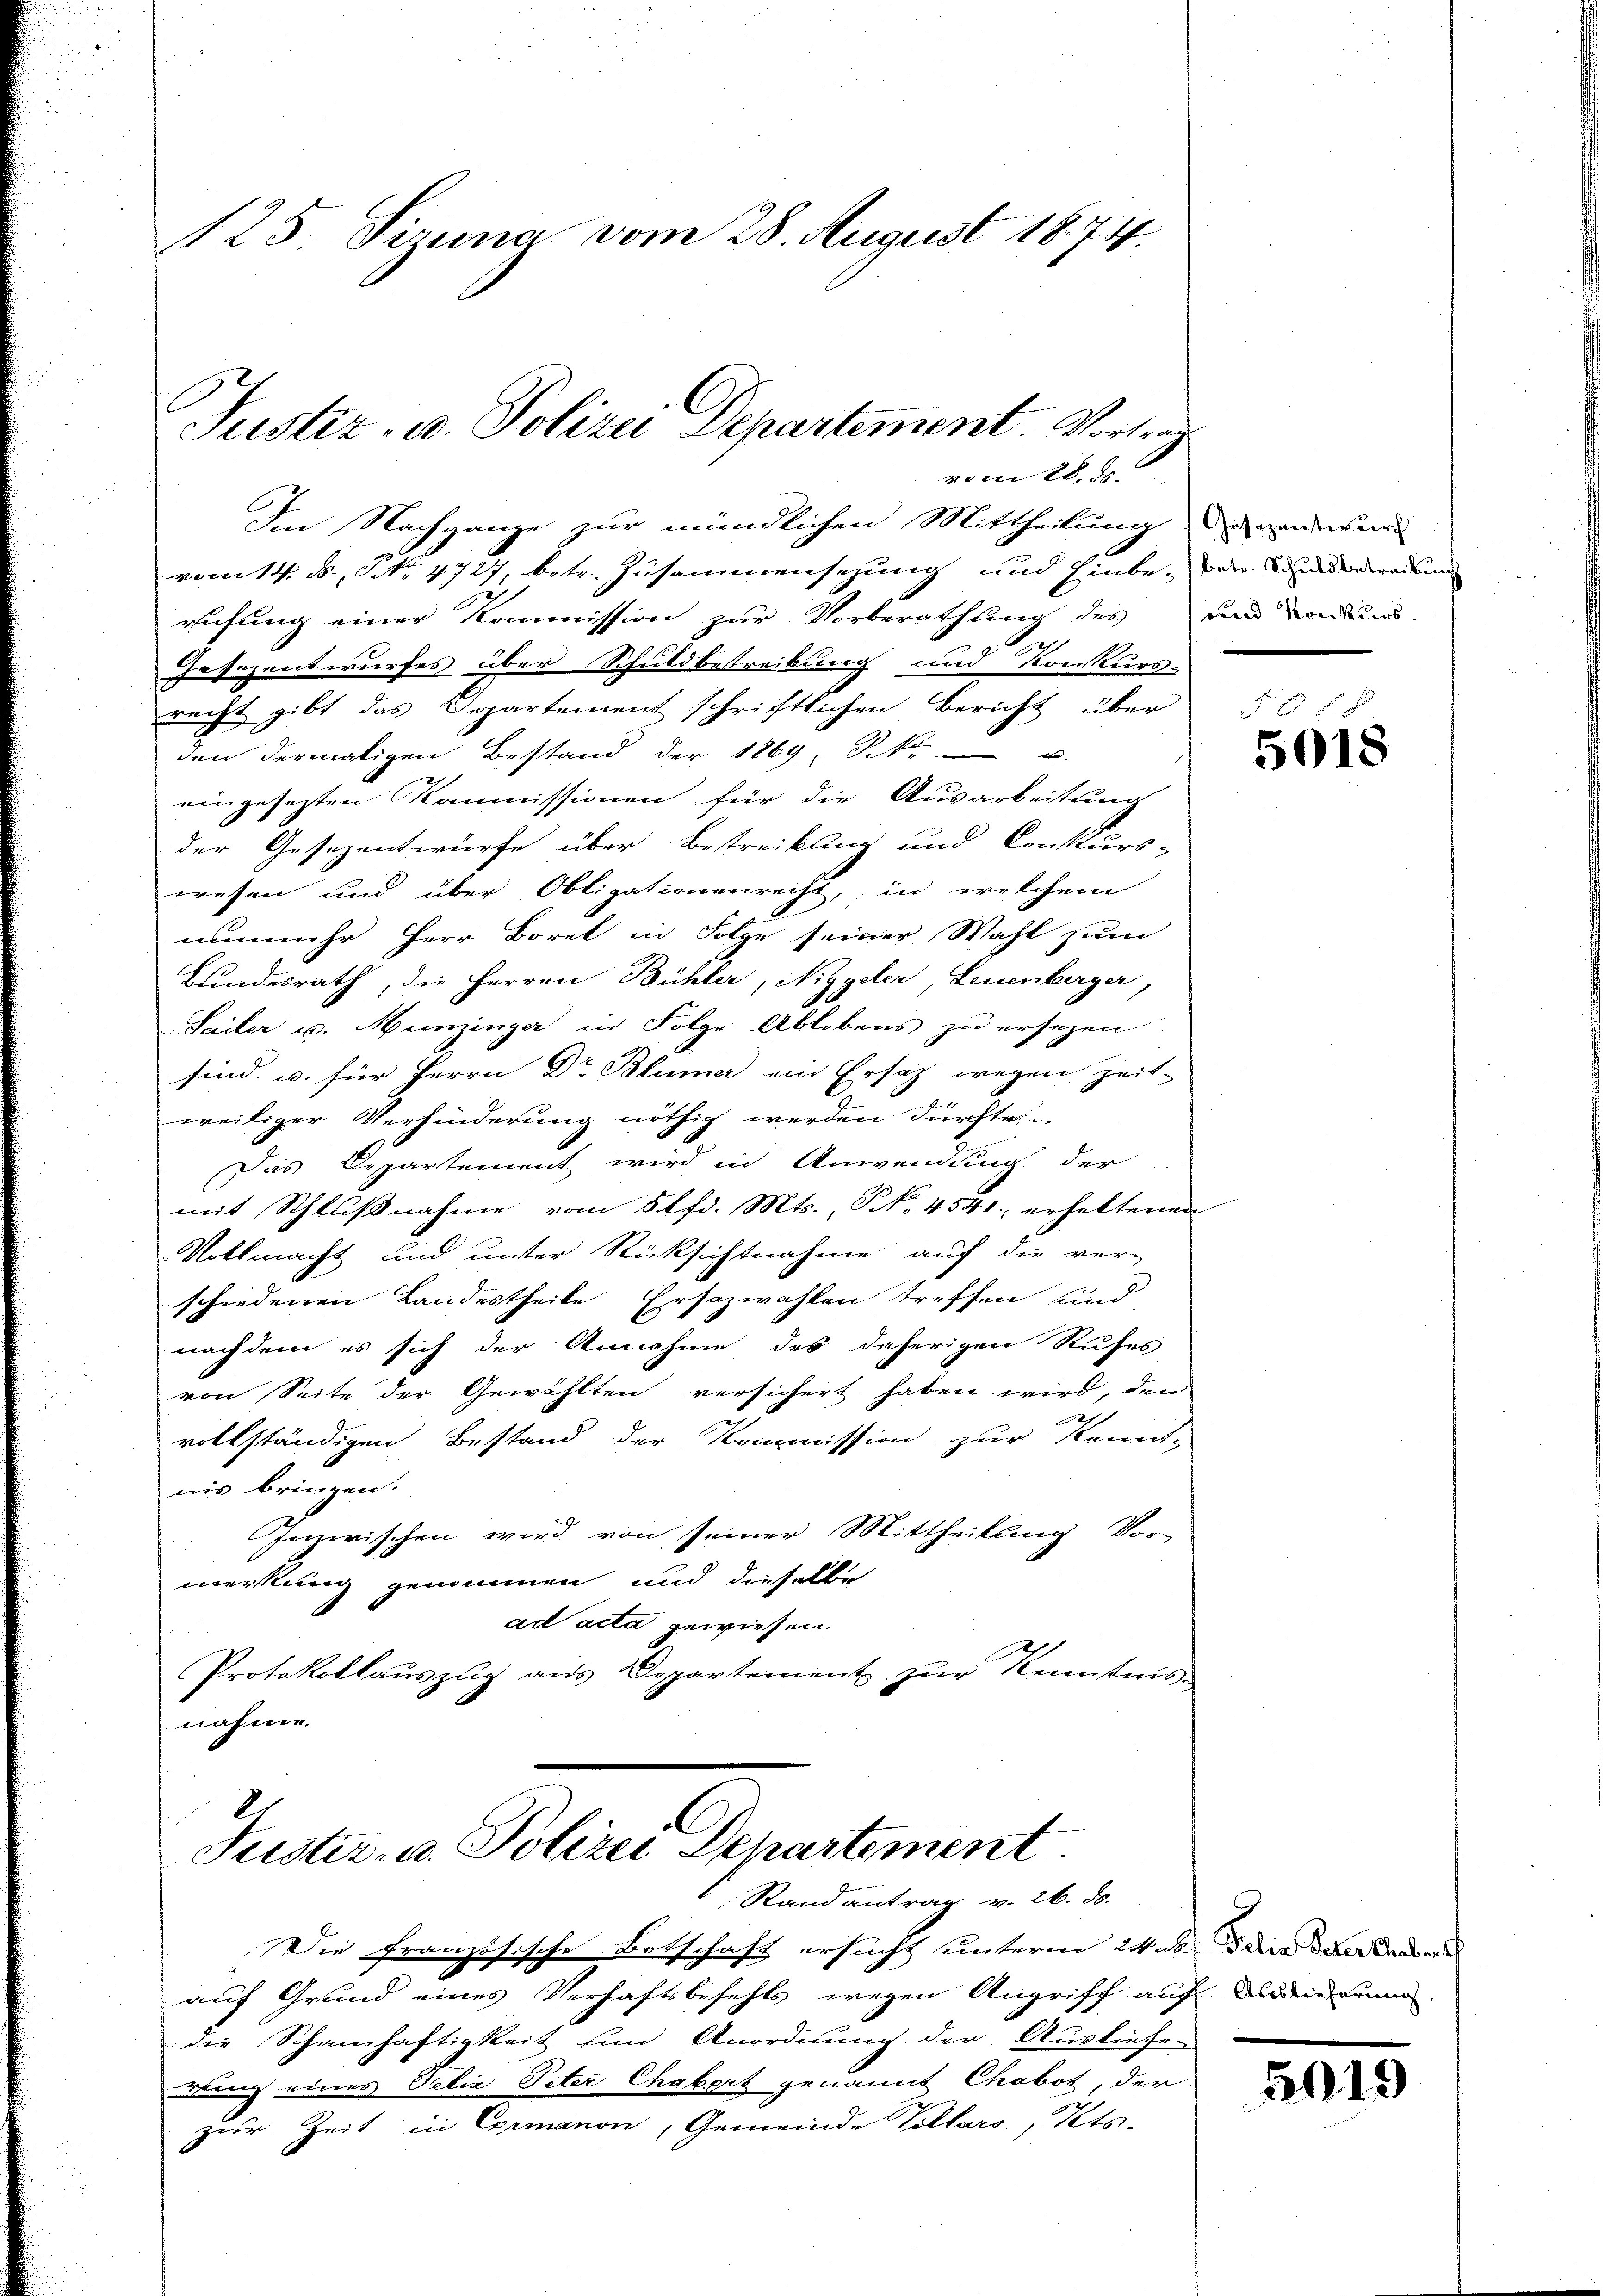
125 Sirna vom 28. August 1874.

vom 28. 58.
Im Nachgange zur mündlichen Mittheilung anderen
vom 14. u. No. 4727, betr. Zusammensezung und Hinbe- oder Seren
rufung einer Kommission zur Vorberathung des und danken-
Gesezentwurfes über Schuldbetreibung und Konkurs-
recht gibt das Departement schriftlichen Bericht über
den dermaligen Bestand der 1869, Sko u
eingesezten Kommissionen für die Ausarbeitung
der Gesezentwürfe über Betreikung und Conkurs-
wesen und über Obligationenrecht, in welchem
nunmehr Herr Borel in Folge seiner Wahl zum
Bundesrath, die Herren Bühler, Niggeler, Leuenberger,
Sailer u. Munzinger in Folge Ablebens zu ersezen
sind u. für Herrn Dr Blümer ein Ersatz wegen Zeit-
weiliger Verhinderung nöthig werden Fürstei
Das Departement wird in Anwendung der
mit Schlußnahme vom 5 lfd. Mts., No. 4541 erhaltenen
Vollmacht und unter Rücksichtnahme auf die ver-
schiedenen Landestheile Erschwahlen treffen und
nach dem es sich der Annahme des daherigen Rufes
von Seite der Gewählten versichert haben wird, den
e
vollständigen Bestand der Kommission zur Kennt-
nis bringen.
Inzwischen wird von seiner Mittheilung Vor-
merkung genommen und dieselbe
ad acta gewiesen.
Protokollaŭszŭg aŭs Departement zŭr Kenntnis-
nahme.

Justiz, u. Polizei Departement. Vortrage

C
Justiz- u. Polizei Departement
Rand antrag v. 26. ds.

Die französische Botschaft ersucht unterm 26. die der Beden
auf Grund eines Verhaftsbefehls wegen Angriff auf Marierung
die Schamhaftigkeit ein Anordnung der Ausliefen
rling eines Felix Peter Chabert genannt Chabot, der
zur Zeit in Ermanon, Gemeinde Vollars, Kts.

2
5018

5015